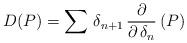
LaTeX: \begin{align*}D(P) = \sum \, \delta_{n+1} \, {\partial \over \partial \, \delta_n} \, (P) \end{align*}